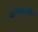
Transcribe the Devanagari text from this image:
पानप्रस्थ